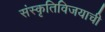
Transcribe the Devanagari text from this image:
संस्कृतिविजयाची